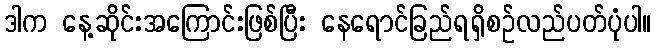
ဒါက နေ့ဆိုင်းအကြောင်းဖြစ်ပြီး နေရောင်ခြည်ရရှိစဉ်လည်ပတ်ပုံပါ။